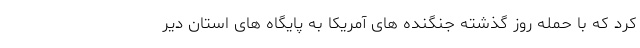
کرد که با حمله روز گذشته جنگنده های آمریکا به پایگاه های استان دیر